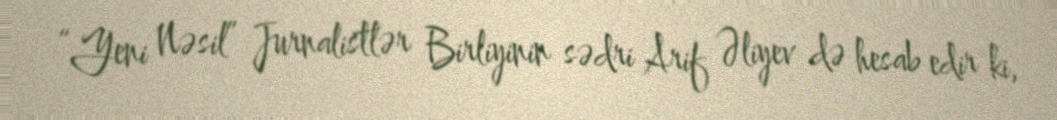
“Yeni Nəsil” Jurnalistlər Birliyinin sədri Arif Əliyev də hesab edir ki,